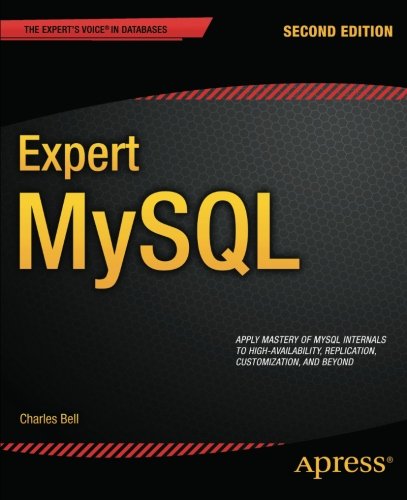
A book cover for Expert MySQL (Expert's Voice in Databases); Charles Bell; Computers & Technology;